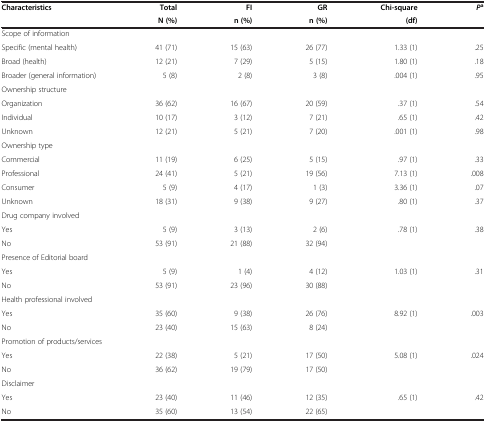
<table><thead><tr><td><b>Characteristics</b></td><td><b>Total</b></td><td><b>FI</b></td><td><b>GR</b></td><td><b>Chi-square</b></td><td><b><i>P</i><sup>a</sup></b></td></tr><tr><td><b> </b></td><td><b>N (%)</b></td><td><b>n (%)</b></td><td><b>n (%)</b></td><td><b>(df)</b></td><td><b> </b></td></tr></thead><tbody><tr><td>Scope of information</td><td> </td><td> </td><td> </td><td> </td><td> </td></tr><tr><td>Specific (mental health)</td><td>41 (71)</td><td>15 (63)</td><td>26 (77)</td><td>1.33 (1)</td><td>.25</td></tr><tr><td>Broad (health)</td><td>12 (21)</td><td>7 (29)</td><td>5 (15)</td><td>1.80 (1)</td><td>.18</td></tr><tr><td>Broader (general information)</td><td>5 (8)</td><td>2 (8)</td><td>3 (8)</td><td>.004 (1)</td><td>.95</td></tr><tr><td>Ownership structure</td><td> </td><td> </td><td> </td><td> </td><td> </td></tr><tr><td>Organization</td><td>36 (62)</td><td>16 (67)</td><td>20 (59)</td><td>.37 (1)</td><td>.54</td></tr><tr><td>Individual</td><td>10 (17)</td><td>3 (12)</td><td>7 (21)</td><td>.65 (1)</td><td>.42</td></tr><tr><td>Unknown</td><td>12 (21)</td><td>5 (21)</td><td>7 (20)</td><td>.001 (1)</td><td>.98</td></tr><tr><td>Ownership type</td><td> </td><td> </td><td> </td><td> </td><td> </td></tr><tr><td>Commercial</td><td>11 (19)</td><td>6 (25)</td><td>5 (15)</td><td>.97 (1)</td><td>.33</td></tr><tr><td>Professional</td><td>24 (41)</td><td>5 (21)</td><td>19 (56)</td><td>7.13 (1)</td><td>.008</td></tr><tr><td>Consumer</td><td>5 (9)</td><td>4 (17)</td><td>1 (3)</td><td>3.36 (1)</td><td>.07</td></tr><tr><td>Unknown</td><td>18 (31)</td><td>9 (38)</td><td>9 (27)</td><td>.80 (1)</td><td>.37</td></tr><tr><td>Drug company involved</td><td> </td><td> </td><td> </td><td> </td><td> </td></tr><tr><td>Yes</td><td>5 (9)</td><td>3 (13)</td><td>2 (6)</td><td>.78 (1)</td><td>.38</td></tr><tr><td>No</td><td>53 (91)</td><td>21 (88)</td><td>32 (94)</td><td> </td><td> </td></tr><tr><td>Presence of Editorial board</td><td> </td><td> </td><td> </td><td> </td><td> </td></tr><tr><td>Yes</td><td>5 (9)</td><td>1 (4)</td><td>4 (12)</td><td>1.03 (1)</td><td>.31</td></tr><tr><td>No</td><td>53 (91)</td><td>23 (96)</td><td>30 (88)</td><td> </td><td> </td></tr><tr><td>Health professional involved</td><td> </td><td> </td><td> </td><td> </td><td> </td></tr><tr><td>Yes</td><td>35 (60)</td><td>9 (38)</td><td>26 (76)</td><td>8.92 (1)</td><td>.003</td></tr><tr><td>No</td><td>23 (40)</td><td>15 (63)</td><td>8 (24)</td><td> </td><td> </td></tr><tr><td>Promotion of products/services</td><td> </td><td> </td><td> </td><td> </td><td> </td></tr><tr><td>Yes</td><td>22 (38)</td><td>5 (21)</td><td>17 (50)</td><td>5.08 (1)</td><td>.024</td></tr><tr><td>No</td><td>36 (62)</td><td>19 (79)</td><td>17 (50)</td><td> </td><td> </td></tr><tr><td>Disclaimer</td><td> </td><td> </td><td> </td><td> </td><td> </td></tr><tr><td>Yes</td><td>23 (40)</td><td>11 (46)</td><td>12 (35)</td><td>.65 (1)</td><td>.42</td></tr><tr><td>No</td><td>35 (60)</td><td>13 (54)</td><td>22 (65)</td><td> </td><td> </td></tr></tbody></table>